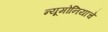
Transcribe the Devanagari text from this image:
न्यूमोनियाचे